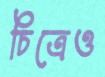
চিত্রেও